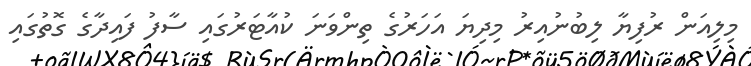
މިލިއަން ރުފިޔާ ލިބުނުއިރު މިދިޔަ އަހަރުގެ ތިންވަނަ ކުއާޓަރުގައި ސާފު ފައިދާގެ ގޮތުގައި